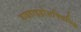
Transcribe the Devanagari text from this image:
डाइहाइड्रोसक्सिनिक